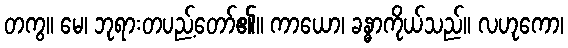
တကွ။ မေ၊ ဘုရားတပည့်တော်၏။ ကာယော၊ ခန္ဓာကိုယ်သည်။ လဟုကော၊